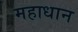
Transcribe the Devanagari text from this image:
महाधान